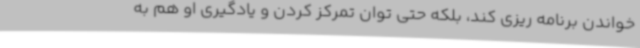
خواندن برنامه ریزی کند، بلکه حتی توان تمرکز کردن و یادگیری او هم به